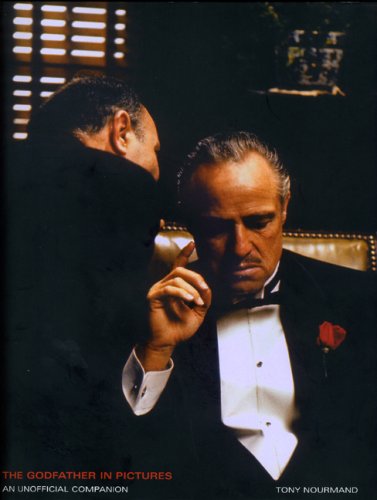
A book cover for The Godfather in Pictures: An Unofficial Companion; Tony Nourmand; Arts & Photography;